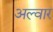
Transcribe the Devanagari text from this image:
अल्‍वार